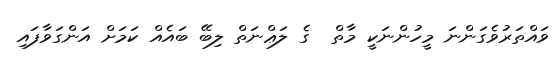
ވައްތަރުވެގަންނަ މީހުންނަކީ މާތް  ގެ ލަޢްނަތް ލިބޭ ބައެއް ކަމަށް އަންގަވާފައި